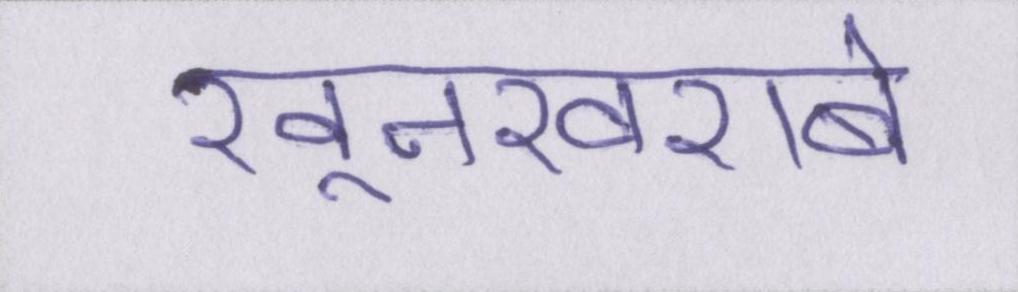
खूनखराबे